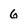
Character: 6